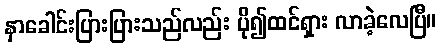
နှာခေါင်းပြားပြားသည်လည်း ပို၍ထင်ရှား လာခဲ့လေပြီ။